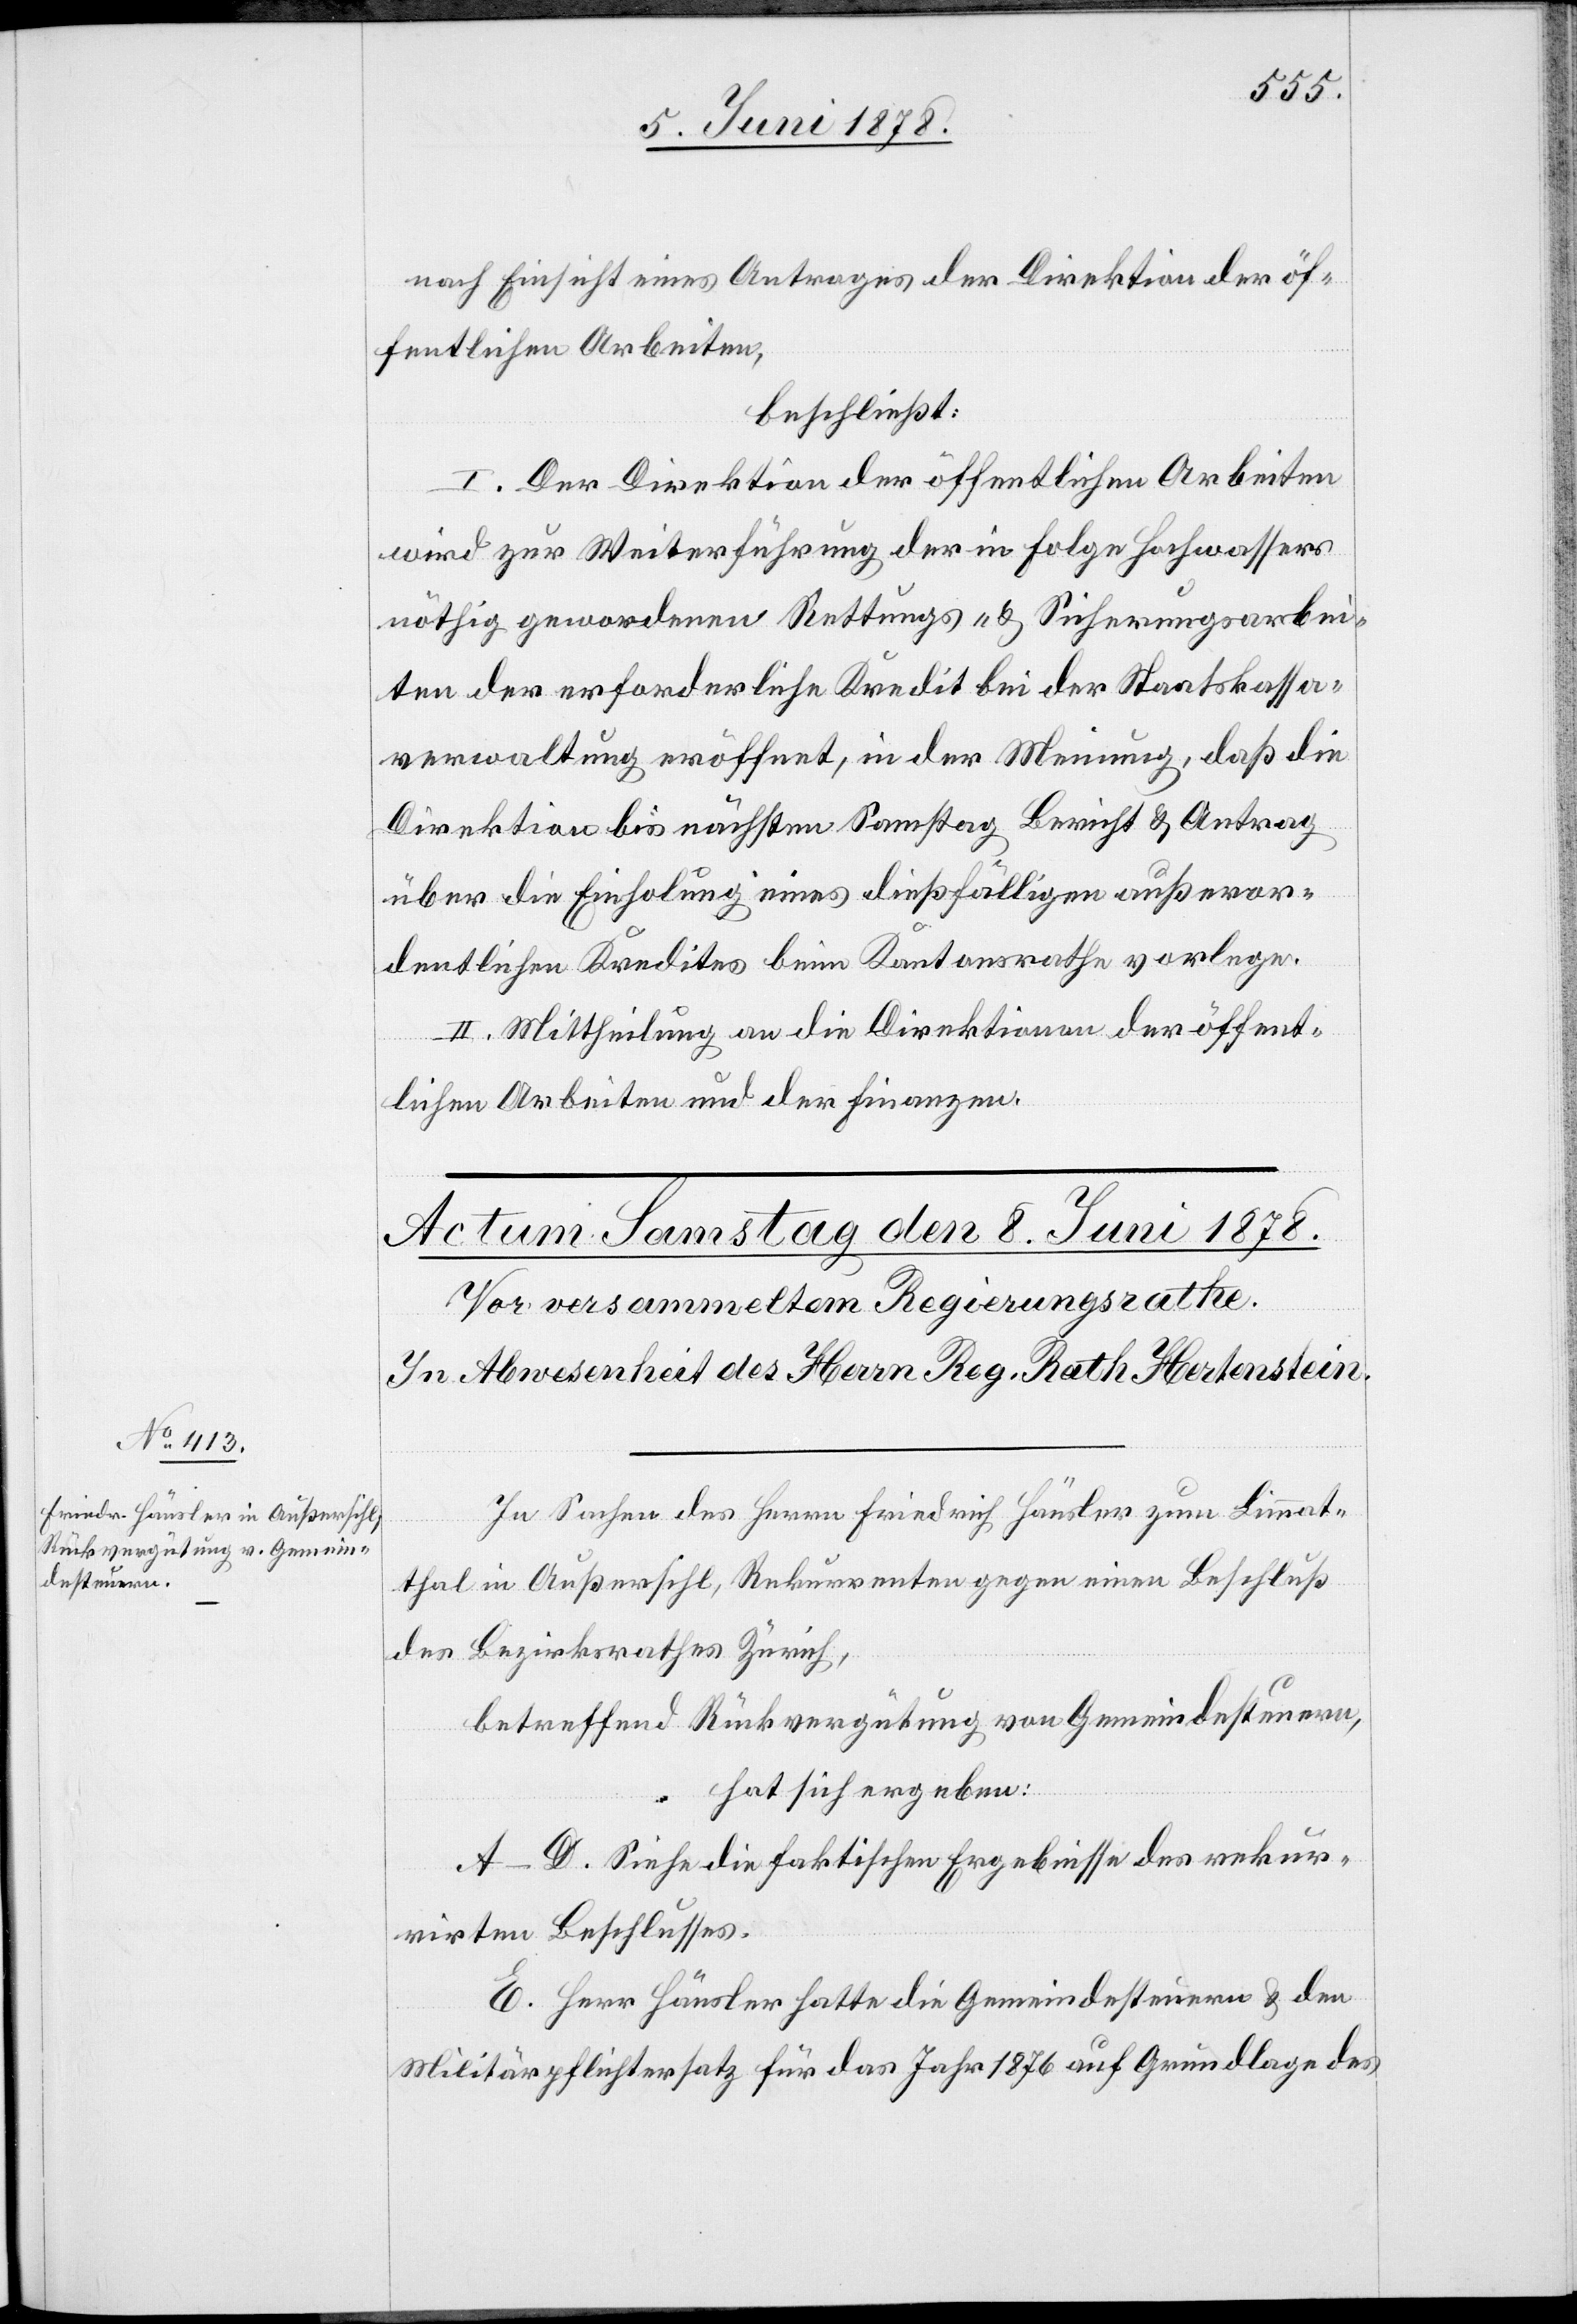
nach Einsicht eines Antrages der Direktion der öf¬
fentlichen Arbeiten,
beschließt:
I. Der Direktion der öffentlichen Arbeiten
wird zur Weiterführung der in Folge Hochwassers
nöthig gewordenen Rettungs- & Sicherungsarbei¬
ten der erforderliche Kredit bei der Staatskassa¬
verwaltung eröffnet, in der Meinung, daß die
Direktion bis nächsten Samstag Bericht & Antrag
über die Einholung eines dießfälligen außeror¬
dentlichen Kredites beim Kantonsrathe vorlege.
II. Mittheilung an die Direktionen der öffent¬
lichen Arbeiten und der Finanzen.
In Sachen des Herrn Friedrich Häusler zum Limmat¬
thal in Außersihl, Rekurrenten gegen einen Beschluß
des Bezirksrathes Zürich,
betreffend Rückvergütung von Gemeindesteuern,
hat sich ergeben:
A–D. Siehe die faktischen Ergebnisse des rekur¬
rirten Beschlusses.
E. Herr Häusler hatte die Gemeindesteuern & den
Militärpflichtersatz für das Jahr 1876 auf Grundlage des